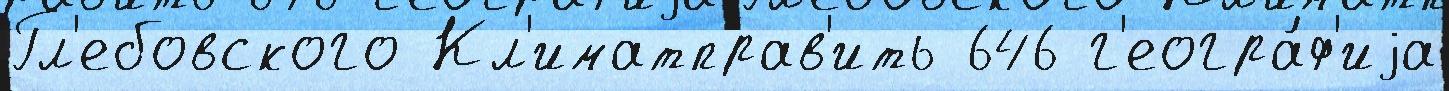
Гл'ебовского Кл'иматправ'ить 646 г'еогра́ф'иjа